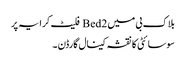
بلاک بی میں 2 Bed فلیٹ کرایہ پر
سوسائٹی کا نقشہ کینال گارڈن ۔